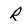
Character: R